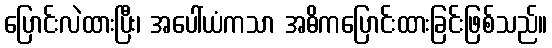
ပြောင်းလဲထားပြီး၊ အပေါ်ယံကသာ အဓိကပြောင်းထားခြင်းဖြစ်သည်။